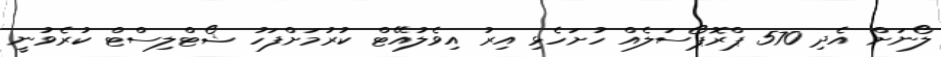
ލޯނަށް އެދި 570 ޕްރޮޕޯސަލެއް ހުށަހެޅި އިރު އިވެލުއޭޓް ކުރުމަށްފަހު ޝޯޓްލިސްޓް ކުރެވުނީ